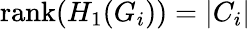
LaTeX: \operatorname{rank}(H_{1}(G_{i}))=|C_{i}|